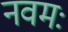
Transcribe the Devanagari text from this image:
नवमः